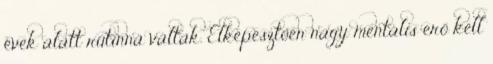
évek alatt rutinná váltak. Elképesztően nagy mentális erő kell